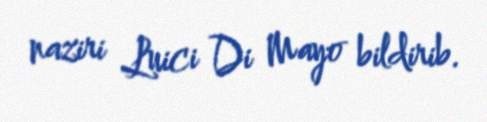
naziri Luici Di Mayo bildirib.